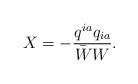
\begin{align*}X=-\frac{q^{ia}q_{ia}}{\bar W W}.\end{align*}